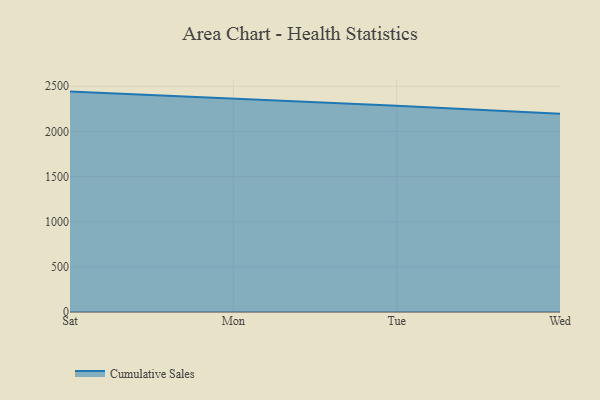
{"axis": {"x": "Day", "y": "Page Views"}, "legend": ["Cumulative Sales"], "data": [{"x": "Sat", "y": 2440.9, "type": "Cumulative Sales"}, {"x": "Mon", "y": 2363.7, "type": "Cumulative Sales"}, {"x": "Tue", "y": 2284.5, "type": "Cumulative Sales"}, {"x": "Wed", "y": 2196.9, "type": "Cumulative Sales"}]}